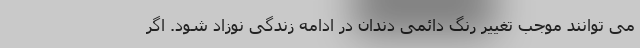
می توانند موجب تغییر رنگ دائمی دندان در ادامه زندگی نوزاد شود. اگر